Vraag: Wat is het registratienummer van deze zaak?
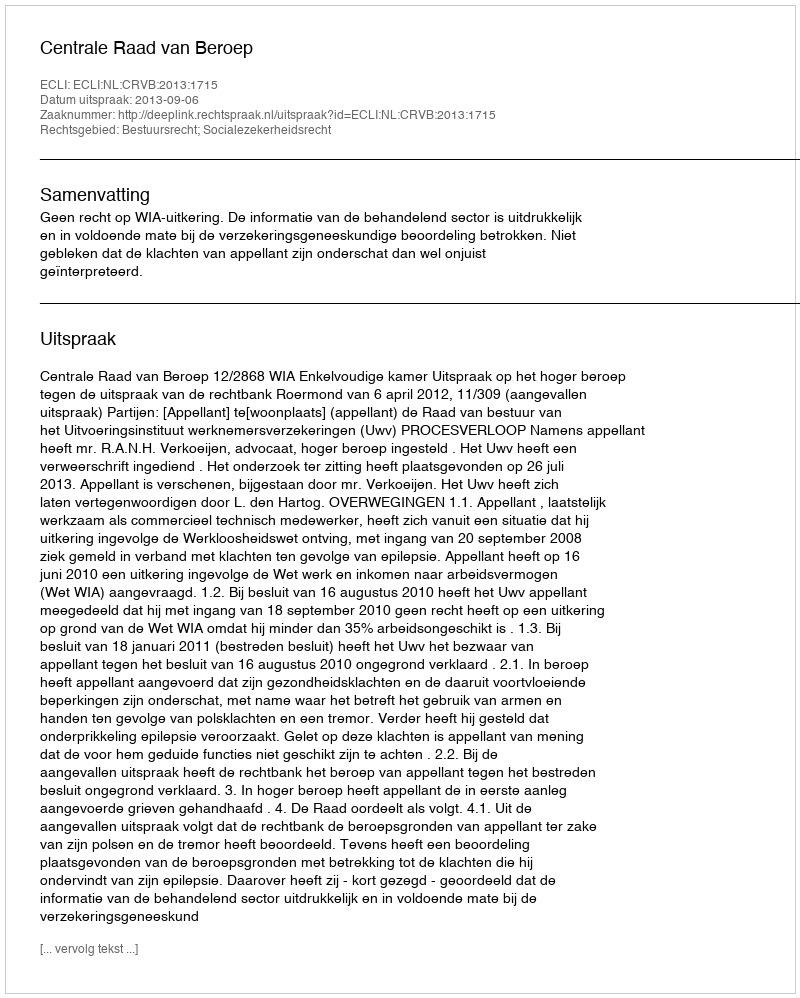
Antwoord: http://deeplink.rechtspraak.nl/uitspraak?id=ECLI:NL:CRVB:2013:1715